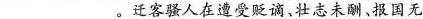
___。迁客骚人在遭受贬谪、壮志未酬、报国无